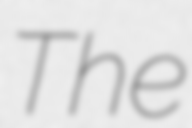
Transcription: The